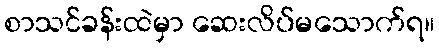
စာသင်ခန်းထဲမှာ ဆေးလိပ်မသောက်ရ။